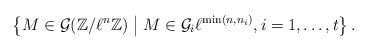
LaTeX: \begin{align*}\left\{ M \in \mathcal{G}(\mathbb{Z}/\ell^n\mathbb{Z}) \bigm\vert M \in \mathcal{G}_i \ell^{\min(n,n_i)}, i=1,\ldots,t \right\}.\end{align*}